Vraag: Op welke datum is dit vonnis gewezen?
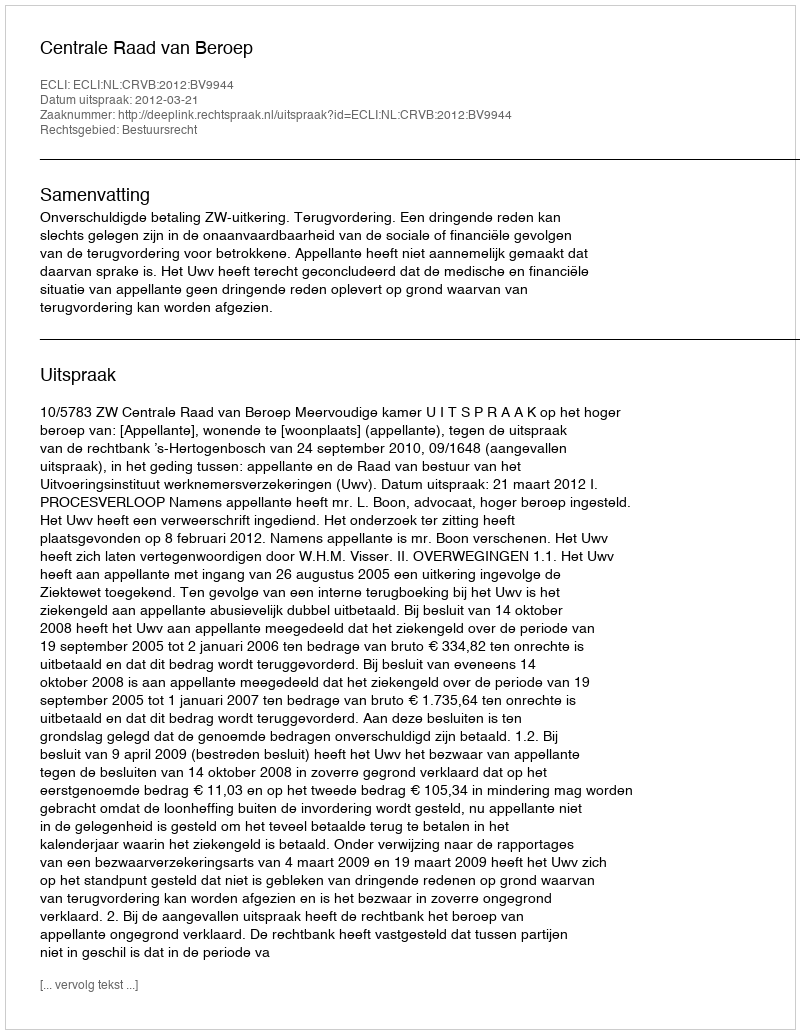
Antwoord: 2012-03-21